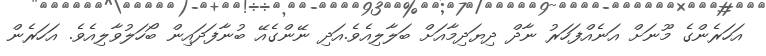
އަހަރެންގެ މޫނަށް އަނެއްފަހަރު ނާދް ދިޔަދިމާއަށް ބަލާލިއެވެ.އަދި ނޭންގެއޭ ބުނާފަދައިން ބޯހަލުވާލިއެވެ. އަހަރެން